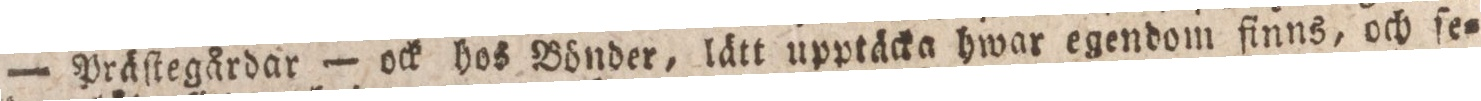
— Präſtegårdar — ock hos Bönder, lätt upptäcka hwar egendom finns, och ſe=